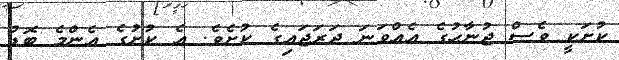
ކުށަކީ ވެސް ޖުނާހުގެ އެއްވަނަ ދަރަޖައިގެ ކުށެވެ. އެ ކުށުގެ އެންމެ ބޮޑު